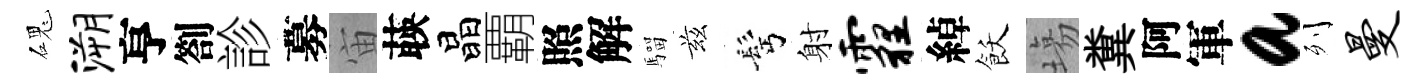
磈溯亨劄診募宙𦴤晶覇照解騮兹髩射霾綽飫塲糞阿軍a列曼